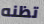
تظنه